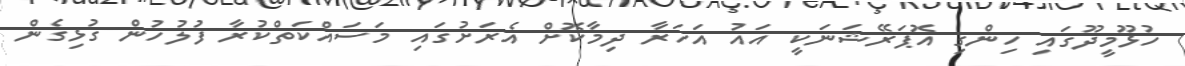
ހުޅޫމީދޫގައި ހިންގި އޮޕަރޭޝަނަކީ އައު އަހަރާ ދިމާކޮށް އެރަށުގައި މަސައްކަތްކުރާ ފުލުހުން ގުޅިގެން